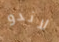
لاندو